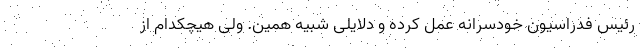
رئیس فدراسیون خودسرانه عمل کرده و دلایلی شبیه همین. ولی هیچکدام از